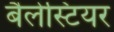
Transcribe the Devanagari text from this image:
बैलेस्टियर